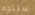
ستتجه